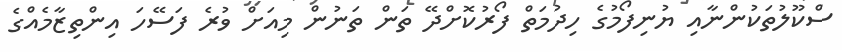
ސްކޫލުތަކުންނާއި ޔުނިފޯމުގެ ހިދުމަތް ފޯރުކޮށްދޭ ތަން ތަނުން މިއަށް ވުރެ ފަސޭހަ އިންތިޒާމެއްގެ